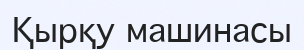
Қырқу машинасы